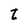
Character: t